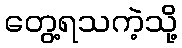
တွေ့ရသကဲ့သို့